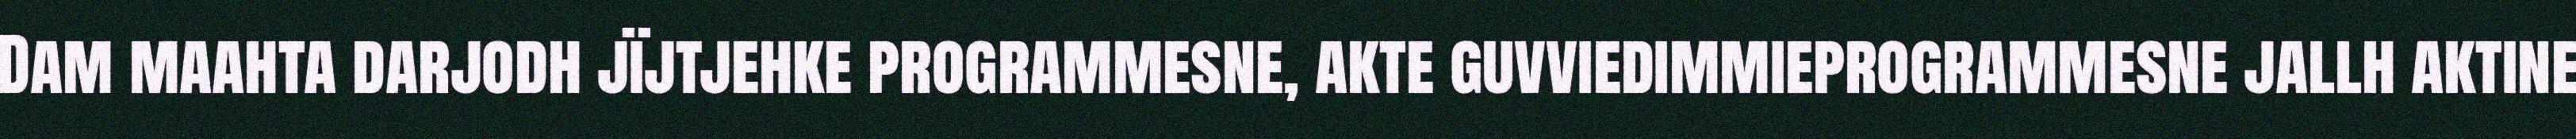
Dam maahta darjodh jïjtjehke programmesne, akte guvviedimmieprogrammesne jallh aktine